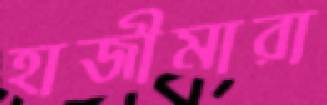
হাজীমারা